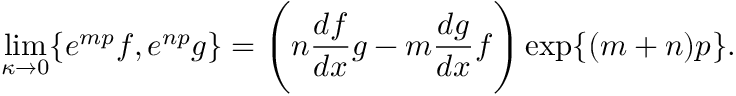
\operatorname * { l i m } _ { \kappa \to 0 } \{ e ^ { m p } f , e ^ { n p } g \} = \Bigg ( n \frac { d f } { d x } g - m \frac { d g } { d x } f \Bigg ) \exp \{ ( m + n ) p \} .